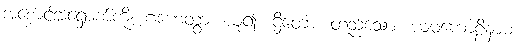
အစောင့်အရှောက်ကို။ ဂဟေတွာ၊ ယူ၍။ ဌိတော၊ တည်သော။ ယမကောဠိနာမ၊